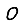
Digit: 0